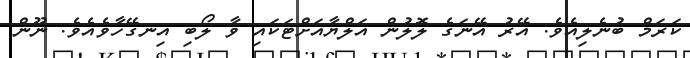
ކަރަމް ބުނެލިއެވެ. އޭރު އޭނަގެ ލޮލުން އަލްޔާއަށްޓަކައި ވާ ލޯބި އިނގޭހާވެއެވެ. ނޫން